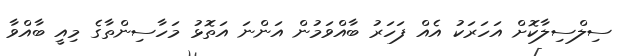
ސިލްސިލާކޮށް އަހަރަކު އެއް ފަހަރު ބާއްވަމުން އަންނަ އަތޮޅު މަހާސިންތާގެ މިއީ ބާއްވާ